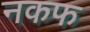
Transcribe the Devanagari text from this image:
नकफ